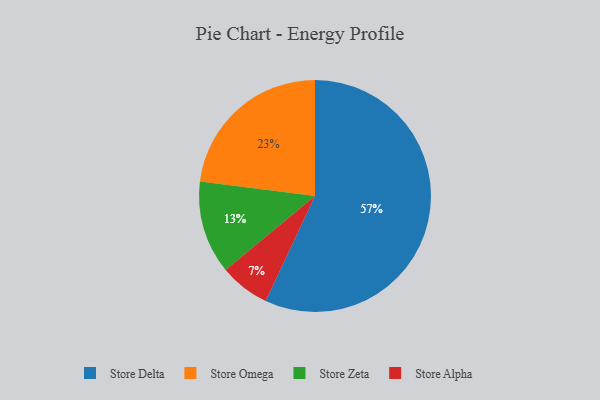
{"axis": {"x": "Category", "y": "Percentage"}, "legend": ["Store Alpha", "Store Delta", "Store Omega", "Store Zeta"], "data": [{"x": "Store Delta", "y": 57, "type": "Store Delta"}, {"x": "Store Omega", "y": 23, "type": "Store Omega"}, {"x": "Store Alpha", "y": 7, "type": "Store Alpha"}, {"x": "Store Zeta", "y": 13, "type": "Store Zeta"}]}